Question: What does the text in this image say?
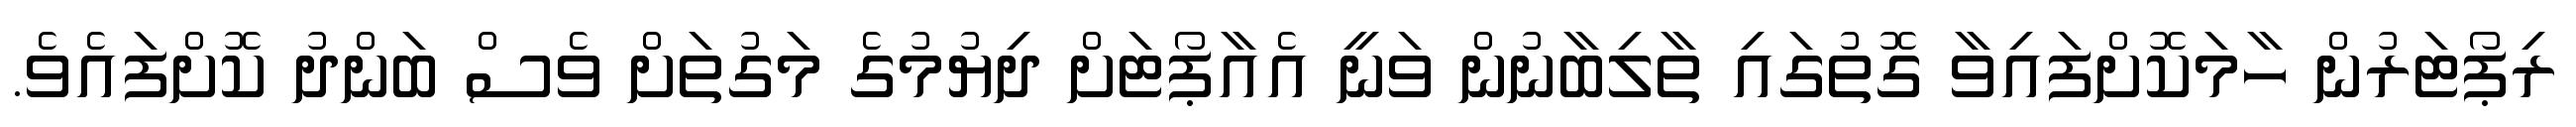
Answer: ރިޕޯޓަރުން ހާމަކޮށްފައިވާ ގޮތުގައި ތާލިބާނުން ވަނީ އެއާޕޯޓަށް ދިޔުމުގެ މަގުތަށް ވެސް ބަންދު ކޮށްފައެވެ.